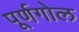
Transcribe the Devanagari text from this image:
पूर्णगोल